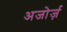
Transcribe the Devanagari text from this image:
अजोर्ज़